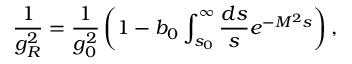
\frac { 1 } { g _ { R } ^ { 2 } } = \frac { 1 } { g _ { 0 } ^ { 2 } } \left( 1 - b _ { 0 } \int _ { s _ { 0 } } ^ { \infty } \frac { d s } { s } e ^ { - M ^ { 2 } s } \right) , \nonumber